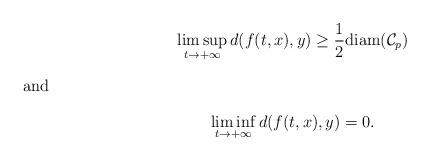
LaTeX: \begin{gather*}\limsup_{t\to+\infty}d(f(t,x),y)\ge\frac{1}{2}\mathrm{diam}(\mathcal{C}_p)\\\intertext{and} \liminf_{t\to+\infty}d(f(t,x),y)=0.\end{gather*}